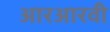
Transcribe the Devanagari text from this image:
आरआरवी